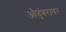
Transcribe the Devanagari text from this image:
औदुंबरावर